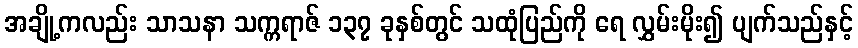
အချို့ကလည်း သာသနာ သက္ကရာဇ် ၁၃၇ ခုနှစ်တွင် သထုံပြည်ကို ရေ လွှမ်းမိုး၍ ပျက်သည်နှင့်